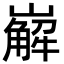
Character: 𡽖